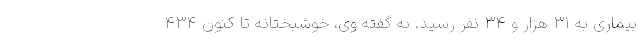
بیماری به ۳۱ هزار و ۳۴ نفر رسید. به گفته وی، خوشبختانه تا کنون ۴۳۴